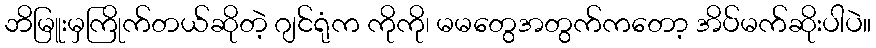
ဘိမြူးမှကြိုက်တယ်ဆိုတဲ့ ဂျင်ရုံက ကိုကို၊ မမတွေအတွက်ကတော့ အိပ်မက်ဆိုးပါပဲ။